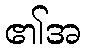
၏အ